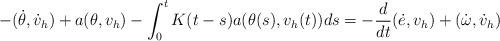
LaTeX: \begin{align*} -(\dot{\theta},\dot v_h)+a(\theta, v_h)- \int_0^t K(t-s) a(\theta(s),v_h(t))ds =-\frac{d}{dt}(\dot{e},v_h)+(\dot{\omega},\dot v_h)\end{align*}